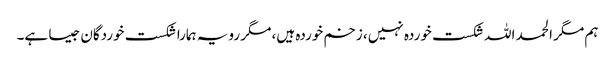
ہم مگر الحمد اللہ شکست خوردہ نہیں، زخم خوردہ ہیں، مگر رویہ ہمارا شکست خوردگان جیسا ہے۔